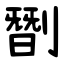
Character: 㔆